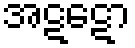
အဋဋော